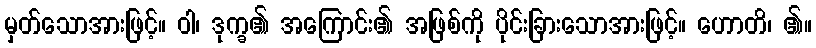
မှတ်သောအားဖြင့်။ ဝါ၊ ဒုက္ခ၏ အကြောင်း၏ အဖြစ်ကို ပိုင်းခြားသောအားဖြင့်။ ဟောတိ၊ ၏။